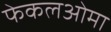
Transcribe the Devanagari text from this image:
फेकलओमा